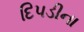
દિપડીના